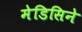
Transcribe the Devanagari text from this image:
मेडिसिने